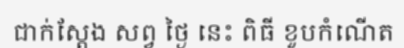
ជាក់ស្តែង សព្វ ថ្ងៃ នេះ ពិធី ខួបកំណើត